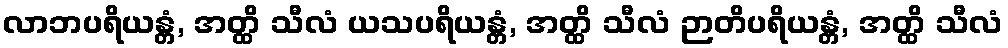
လာဘပရိယန္တံ, အတ္ထိ သီလံ ယသပရိယန္တံ, အတ္ထိ သီလံ ဉာတိပရိယန္တံ, အတ္ထိ သီလံ